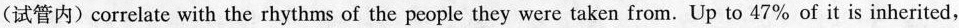
(试管内) correlate with the rhythms of the people they were taken from. Up to 47% of it is inherited.